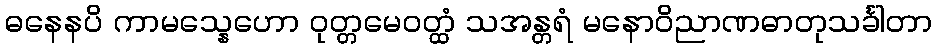
ဓနေနပိ ကာမသ္နေဟော ဝုတ္တမေဝတ္ထံ သအန္တရံ မနောဝိညာဏဓာတုသင်္ခါတာ